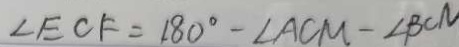
\angle E C F = 1 8 0 ^ { \circ } - \angle A C M - \angle B C N